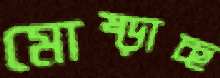
মোষ্‌ড়াচ্ছ